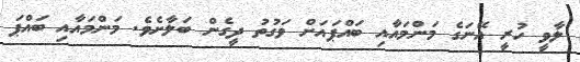
ލާވީ ހުރީ އޭނަގެ މަންމައާއި ބައްޕައަށް ވަގުތު ދީގެން ބަލާށެވެ. މަންމައާއި ބައްޕަ